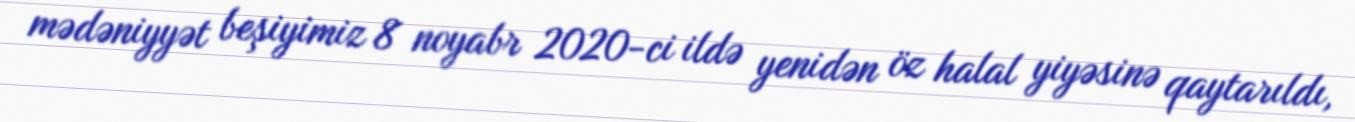
mədəniyyət beşiyimiz 8 noyabr 2020-ci ildə yenidən öz halal yiyəsinə qaytarıldı,